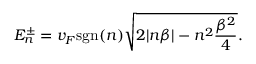
E _ { n } ^ { \pm } = v _ { F } \mathrm { s g n } ( n ) \sqrt { 2 | n \beta | - n ^ { 2 } \frac { \beta ^ { 2 } } { 4 } } .